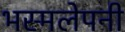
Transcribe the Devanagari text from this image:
भस्मलेपनी